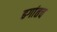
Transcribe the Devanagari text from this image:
ढगांतच